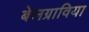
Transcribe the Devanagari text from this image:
बेलग्राविया